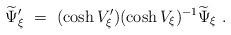
LaTeX: \begin{align*}\widetilde \Psi_{\xi}'\ =\ (\cosh V_{\xi}') (\cosh V_{\xi})^{-1}\widetilde \Psi_{\xi}\ .\end{align*}